Report of the Indian Hemp Drugs Commission, 1894-1895 - Volume IV
Year: 1894
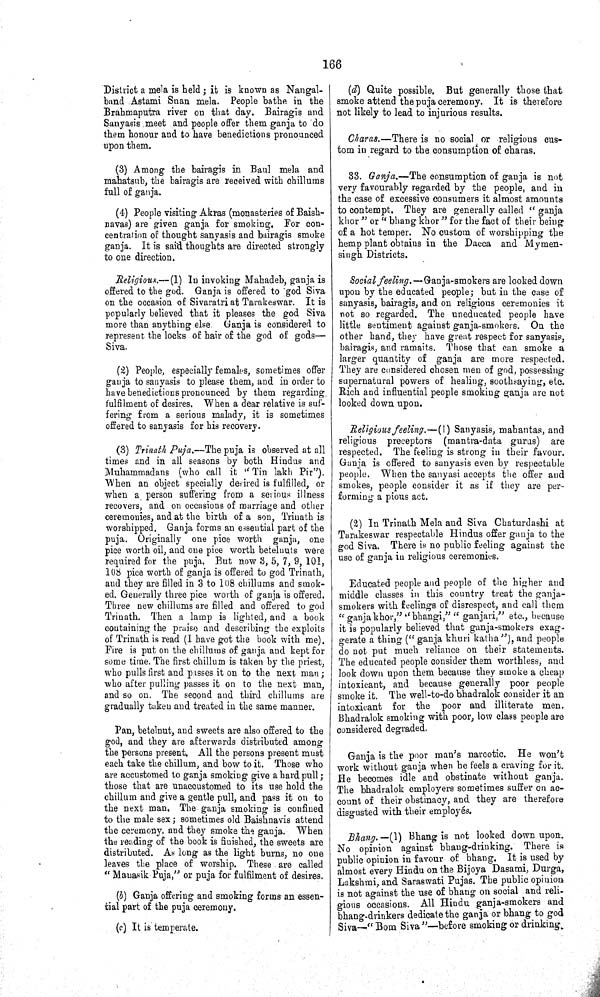
166
District a mela is held; it is known as Nangal-
band Astami Snan mela. People bathe in the
Brahmaputra river on that day. Bairagis and
Sanyasis meet and people offer them ganja to do
them honour and to have benedictions pronounced
upon them.
(3) Among the bairagis in Baul mela and
mahatsub, the bairagis are received with chillums
full of ganja.
(4) People visiting Akras (monasteries of Baish-
navas) are given ganja for smoking. For con¬
centration of thought sanyasis and bairagis smoke
ganja. It is said thoughts are directed strongly
to one direction.
Religious.—(1) In invoking Mahadeb, ganja is
offered to the god. Ganja is offered to god Siva
on the occasion of Sivaratri at Tarakeswar. It is
popularly believed that it pleases the god Siva
more than anything else. Ganja is considered to
represent the locks of hair of the god of gods—
Siva.
(2) People, especially females, sometimes offer
ganja to sanyasis to please them, and in order to
have benedictions pronounced by them regarding
fulfilment of desires. When a dear relative is suf¬
fering from a serious malady, it is sometimes
offered to sanyasis for his recovery.
(3) Trinath Puja.—The puja is observed at all
times and in all seasons by both Hindus and
Muhammadans (who call it "Tin lakh Pir").
When an object specially desired is fulfilled, or
when a person suffering from a serious illness
recovers, and on occasions of marriage and other
ceremonies, and at the birth of a son, Trinath is
worshipped. Ganja forms an essential part of the
puja. Originally one pice worth ganja, one
pice worth oil, and one pice worth betelnuts were
required for the puja. But now 3, 5, 7, 9, 101,
108 pice worth of ganja is offered to god Trinath,
and they are filled in 3 to 108 chillums and smok¬
ed. Generally three pice worth of ganja is offered.
Three new chillums are filled and offered to god
Trinath. Then a lamp is lighted, and a book
containing the praise and describing the exploits
of Trinath is read (I have got the book with me).
Fire is put on the chillums of ganja and kept for
some time. The first chillum is taken by the priest,
who pulls first and passes it on to the next man;
who after pulling passes it on to the next man,
and so on. The second and third chillums are
gradually taken and treated in the same manner.
Pan, betelnut, and sweets are also offered to the
god, and they are afterwards distributed among
the persons present. All the persons present must
each take the chillum, and bow to it. Those who
are accustomed to ganja smoking give a hard pull;
those that are unaccustomed to its use hold the
chillum and give a gentle pull, and pass it on to
the next man. The ganja smoking is confined
to the male sex; sometimes old Baishnavis attend
the ceremony, and they smoke the ganja. When
the reading of the book is finished, the sweets are
distributed. As long as the light burns, no one
leaves the place of worship. These are called
"Mauasik Puja," or puja for fulfilment of desires.
(b) Ganja offering and smoking forms an essen¬
tial part of the puja ceremony.
(c) It is temperate.
(d) Quite possible. But generally those that
smoke attend the puja ceremony. It is therefore
not likely to lead to injurious results.
Charas.—There is no social or religious cus¬
tom in regard to the consumption of charas.
33. Ganja.—The consumption of ganja is not
very favourably regarded by the people, and in
the case of excessive consumers it almost amounts
to contempt. They are generally called "ganja
khor" or "bhang khor" for the fact of their being
of a hot temper. No custom of worshipping the
hemp plant obtains in the Dacca and Mymen-
singh Districts.
Social feeling.—Ganja-smokers are looked down
upon by the educated people; but in the case of
sanyasis, bairagis, and on religious ceremonies it
not so regarded. The uneducated people have
little sentiment against ganja-smokers. On the
other hand, they have great respect for sanyasis,
bairagis, and ramaits. Those that can smoke a
larger quantity of ganja are more respected.
They are considered chosen men of god, possessing
supernatural powers of healing, soothsaying, etc.
Rich and influential people smoking ganja are not
looked down upon.
Religious feeling.—(1) Sanyasis, mahantas, and
religious preceptors (mantra-data gurus) are
respected. The feeling is strong in their favour.
Ganja is offered to sanyasis even by respectable
people. When the sanyasi accepts the offer and
smokes, people consider it as if they are per¬
forming a pious act.
(2) In Trinath Mela and Siva Chaturdashi at
Tarakeswar respectable Hindus offer ganja to the
god Siva. There is no public feeling against the
use of ganja in religious ceremonies.
Educated people and people of the higher and
middle classes in this country treat the ganja-
smokers with feelings of disrespect, and call them
"ganja khor," "bhangi," "ganjari," etc., because
it is popularly believed that ganja-smokers exag¬
gerate a thing (" ganja khuri katha"), and people
do not put much reliance on their statements.
The educated people consider them worthless, and
look down upon them because they smoke a cheap
intoxicant, and because generally poor people
smoke it. The well-to-do bhadralok consider it an
intoxicant for the poor and illiterate men.
Bhadralok smoking with poor, low class people are
considered degraded.
Ganja is the poor man's narcotic. He won't
work without ganja when he feels a craving for it.
He becomes idle and obstinate without ganja.
The bhadralok employers sometimes suffer on ac¬
count of their obstinacy, and they are therefore
disgusted with their employés.
Bhang.—(1) Bhang is not looked down upon.
No opinion against bhang-drinking. There is
public opinion in favour of bhang. It is used by
almost every Hindu on the Bijoya Dasami, Durga,
Lakshmi, and Saraswati Pujas. The public opinion
is not against the use of bhang on social and reli¬
gions occasions. All Hindu ganja-smokers and
bhang-drinkers dedicate the ganja or bhang to god
Siva—"Bom Siva"—before smoking or drinking.